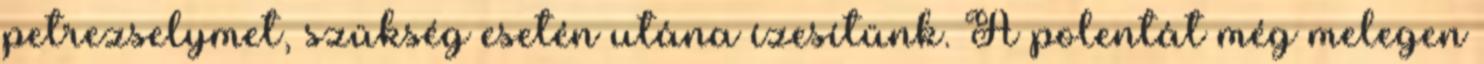
petrezselymet, szükség esetén utána ízesítünk. A polentát még melegen